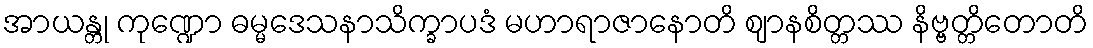
အာယန္တု ကုဏ္ဍော ဓမ္မဒေသနာသိက္ခာပဒံ မဟာရာဇာနောတိ ဈာနစိတ္တဿ နိဗ္ဗတ္တိတောတိ